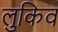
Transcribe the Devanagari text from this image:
लुकिव